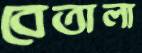
বেতালা